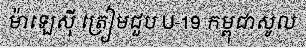
ម៉ាឡេស៊ី ត្រៀមជួប U-19 កម្ពុជាសូល